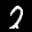
Label: 2